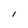
Character: I